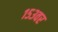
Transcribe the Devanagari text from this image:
१५३वर